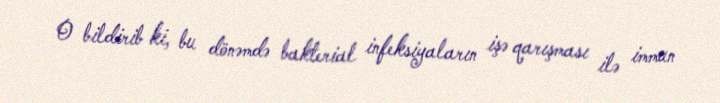
O bildirib ki, bu dönəmdə bakterial infeksiyaların işə qarışması ilə immun